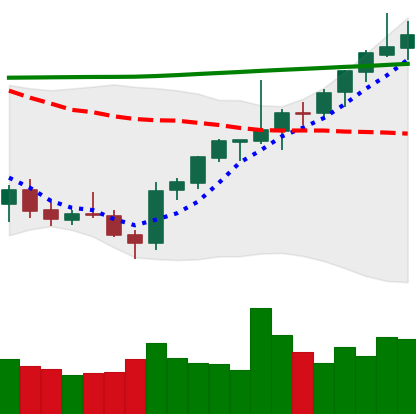
Ticker: ETH-USD
Chart end date: 2021-08-02
Forward return: 20.96%
Label: up_7plus